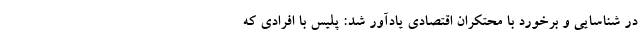
در شناسایی و برخورد با محتکران اقتصادی یادآور شد: پلیس با افرادی که